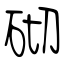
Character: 砌